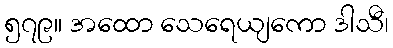
၅၇၉။ အထော သေရေယျကော ဒါသီ၊